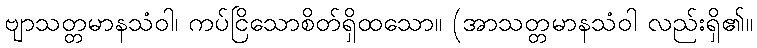
ဗျာသတ္တမာနသံဝါ၊ ကပ်ငြိသောစိတ်ရှိထသော။ (အာသတ္တမာနသံဝါ လည်းရှိ၏။